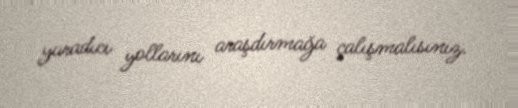
yaradıcı yollarını araşdırmağa çalışmalısınız.